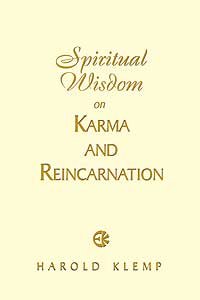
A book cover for Spiritual Wisdom on Karma and Reincarnation; Harold Klemp; Religion & Spirituality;